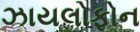
ઝાયલોફોન